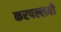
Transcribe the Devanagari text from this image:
करपल्लवी